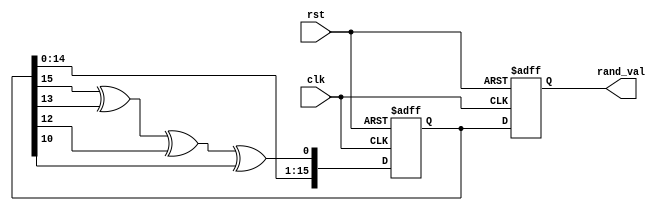
module random_initialization (
    input wire clk,          // Clock signal
    input wire rst,          // Asynchronous reset signal
    output reg [15:0] rand_val // Random value output
);

    // Internal state for LFSR
    reg [15:0] lfsr;

    // LFSR feedback polynomial (x^16 + x^14 + x^13 + x^11 + 1)
    wire feedback = lfsr[15] ^ lfsr[13] ^ lfsr[12] ^ lfsr[10];

    // Initialization value (non-zero seed)
    parameter INITIAL_SEED = 16'hACE1;

    always @(posedge clk or posedge rst) begin
        if (rst) begin
            // Reset condition: set LFSR to initial seed
            lfsr <= INITIAL_SEED;
            rand_val <= 16'h0000; // Optional: set rand_val to zero on reset
        end else begin
            // Random value generation using LFSR
            lfsr <= {lfsr[14:0], feedback}; // Shift and insert feedback
            rand_val <= lfsr; // Output the current LFSR value
        end
    end

endmodule